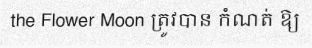
the Flower Moon ត្រូវបាន កំណត់ ឱ្យ